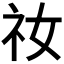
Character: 𫀁